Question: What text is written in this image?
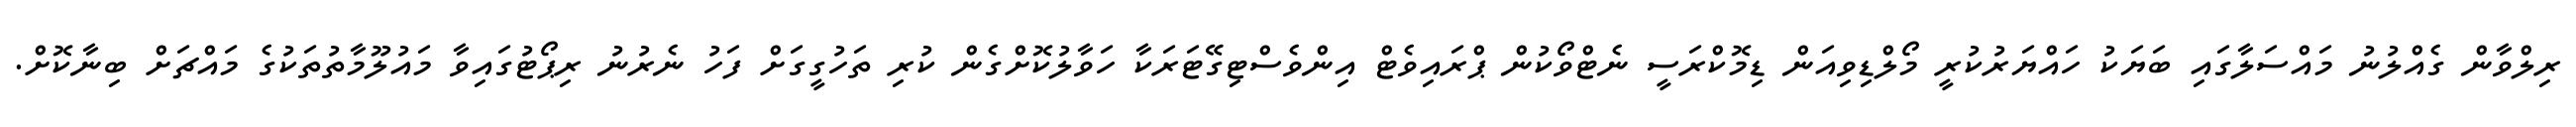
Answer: ރިލްވާން ގެއްލުނު މައްސަލާގައި ބަޔަކު ހައްޔަރުކުރީ މޯލްޑިވިއަން ޑިމޮކްރަސީ ނެޓްވޯކުން ޕްރައިވެޓް އިންވެސްޓިގޭޓަރަކާ ހަވާލުކޮށްގެން ކުރި ތަހުގީގަށް ފަހު ނެރުނު ރިޕޯޓުގައިވާ މައުލޫމާތުތަކުގެ މައްޗަށް ބިނާކޮށް.